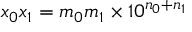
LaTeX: x _ { 0 } x _ { 1 } = m _ { 0 } m _ { 1 } \times 1 0 ^ { n _ { 0 } + n _ { 1 } }